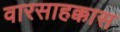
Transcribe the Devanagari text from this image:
वारसाहक्कास